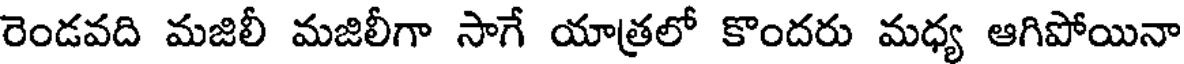
రెండవది మజిలీ మజిలీగా సాగే యాత్రలో కొందరు మధ్య ఆగిపోయినా